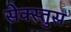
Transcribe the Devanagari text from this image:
सेक्स्तुस